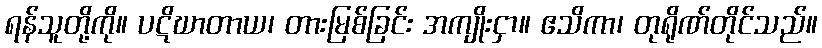
ရန်သူတို့ကို။ ပဋိဃာတာယ၊ တားမြစ်ခြင်း အကျိုးငှာ။ ဧသိကာ၊ တုရိုဏ်တိုင်သည်။